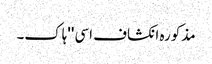
مذکورہ انکشاف اسی ''ہاک۔